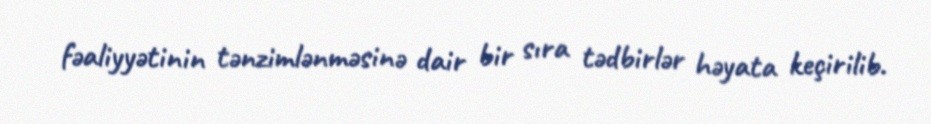
fəaliyyətinin tənzimlənməsinə dair bir sıra tədbirlər həyata keçirilib.